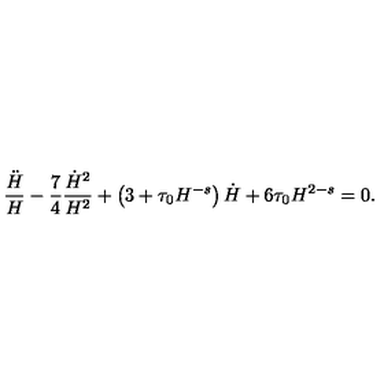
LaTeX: \frac { \ddot { H } } { H } - \frac 7 4 \frac { \dot { H } ^ { 2 } } { H ^ { 2 } } + \left( 3 + \tau _ { 0 } H ^ { - s } \right) \dot { H } + 6 \tau _ { 0 } H ^ { 2 - s } = 0 .